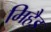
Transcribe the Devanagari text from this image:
मिहैड